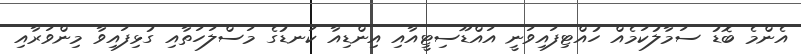
އެންމެ ބޮޑު ސަމާލުކަމެއް ހުއްޓިފައިވަނީ އައްޑޫސިޓީއާއި އިންޑިއާ ކަނޑުގެ މަސްލަހަތާއި ގުޅިފައިވާ މިންވަރާއި